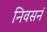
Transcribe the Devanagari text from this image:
निवसनं